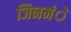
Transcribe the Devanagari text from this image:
जिनमंे